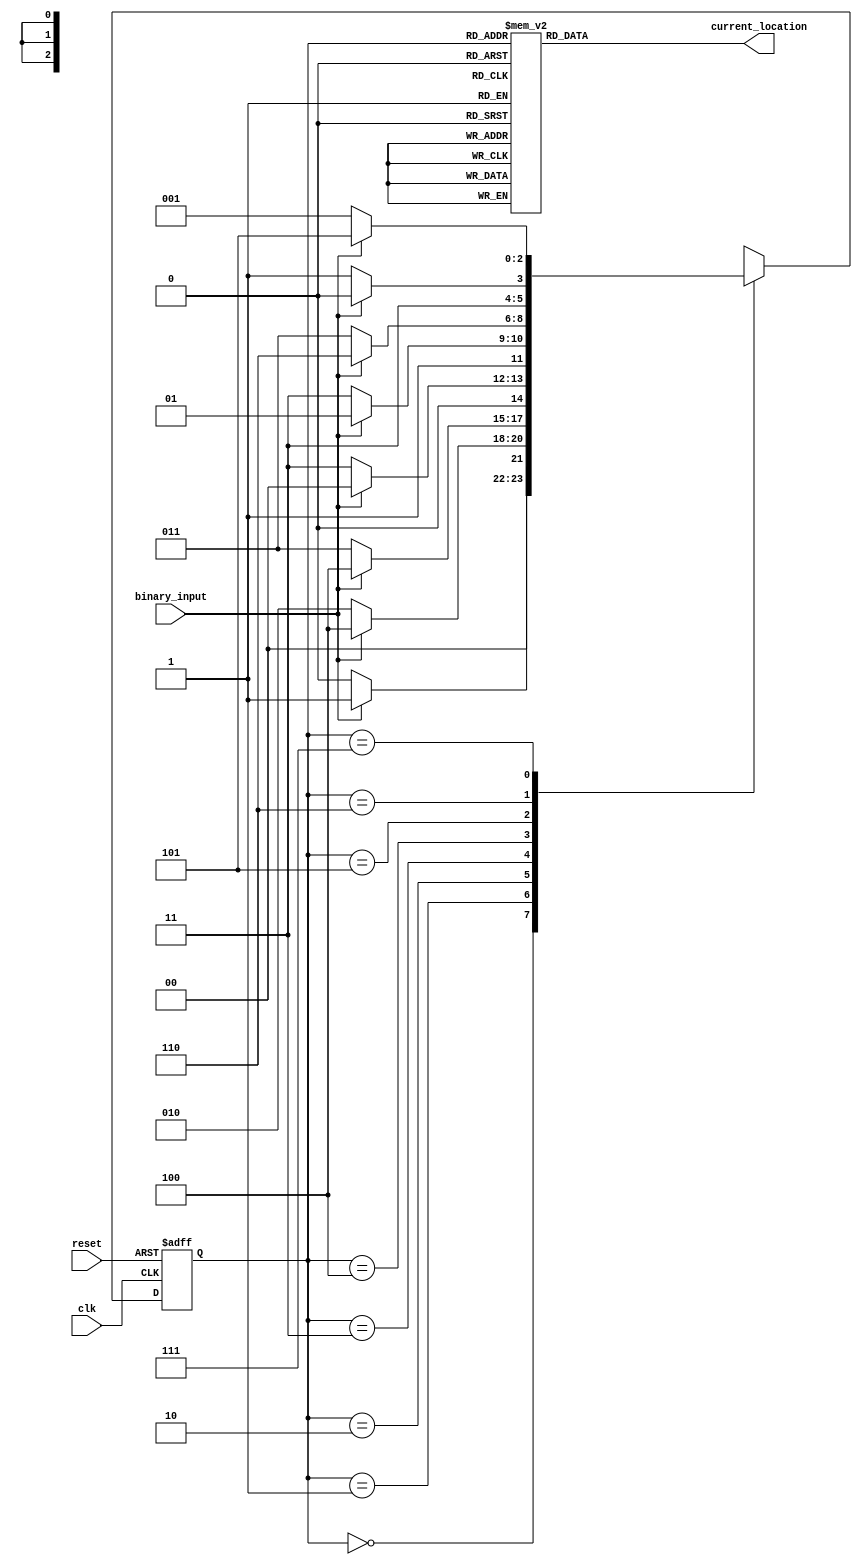
module figo_fsm (
  input wire clk,
  input wire reset,
  input wire binary_input,
  output reg [2:0] current_location
);

  parameter Room0 = 3'b000;
  parameter Room1 = 3'b001;
  parameter Room2 = 3'b010;
  parameter Room3 = 3'b011;
  parameter Room4 = 3'b100;
  parameter Room5 = 3'b101;
  parameter Room6 = 3'b110;
  parameter Room7 = 3'b111;

  reg [2:0] current_state;
  reg [2:0] next_state;

  always @(posedge clk or posedge reset) begin
    if (reset)
      current_state <= Room0;
    else
      current_state <= next_state;
  end

  always @(current_state or binary_input) begin
    case (current_state)
      Room0: begin
        if (binary_input)
          next_state <= Room1;
        else
          next_state <= Room0;
      end
      Room1: begin
        if (binary_input)
          next_state <= Room4;
        else
          next_state <= Room2;
      end
      Room2: begin
        if (binary_input)
          next_state <= Room4;
        else
          next_state <= Room3;
      end
      Room3: begin
        if (binary_input)
          next_state <= Room0;
        else
          next_state <= Room3;
      end
      Room4: begin
        if (binary_input)
          next_state <= Room5;
        else
          next_state <= Room7;
      end
      Room5: begin
        if (binary_input)
          next_state <= Room6;
        else
          next_state <= Room3;
      end
      Room6: begin
        if (binary_input)
          next_state <= Room6;
        else
          next_state <= Room7;
      end
      Room7: begin
        if (binary_input)
          next_state <= Room5;
        else
          next_state <= Room1;
      end
    endcase
  end

  always @(current_state) begin
    case (current_state)
      Room0: current_location <= Room0;
      Room1: current_location <= Room1;
      Room2: current_location <= Room2;
      Room3: current_location <= Room3;
      Room4: current_location <= Room4;
      Room5: current_location <= Room5;
      Room6: current_location <= Room6;
      Room7: current_location <= Room7;
    endcase
  end

endmodule